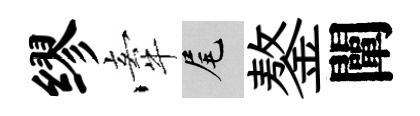
缪牽尾鏊闡